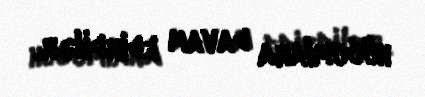
hücumlara davam edirdilər.